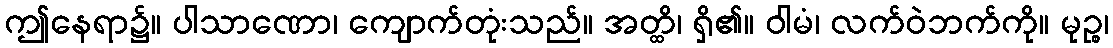
ဤနေရာ၌။ ပါသာဏော၊ ကျောက်တုံးသည်။ အတ္ထိ၊ ရှိ၏။ ဝါမံ၊ လက်ဝဲဘက်ကို။ မုဉ္စ၊